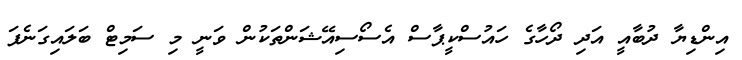
އިންޑިޔާ ދުބާއީ އަދި ދޯހާގެ ހައުސްކީޕާސް އެސޯސިއޭޝަންތަކުން ވަނީ މި ސަމިޓް ބަލައިގަނެފަ